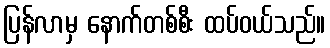
ပြန်လာမှ နောက်တစ်စီး ထပ်ဝယ်သည်။